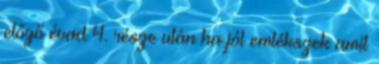
előző évad 4. része után ha jól emlékszek amit